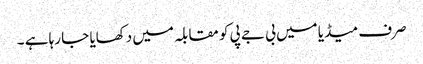
صرف میڈیا میں بی جے پی کو مقابلہ میں دکھایا جا رہا ہے ۔